画像に写った文字を読んでください
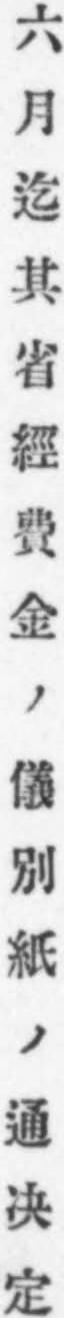
「六月迄其省經費金ノ儀別紙ノ通决定」と書いてあります